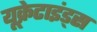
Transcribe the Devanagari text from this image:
यूक्रेटाइंड्स